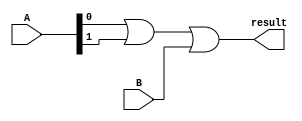
module or_2_plus1 (
input [1:0]A,
input B,
output result
);

wire res0;

assign res0=A[0]|A[1];
assign result=res0|B;

endmodule